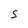
Character: S